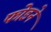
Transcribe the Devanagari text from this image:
फोडने